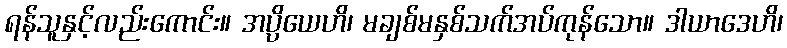
ရန်သူနှင့်လည်းကောင်း။ အပ္ပိယေဟိ၊ မချစ်မနှစ်သက်အပ်ကုန်သော။ ဒါယာဒေဟိ၊